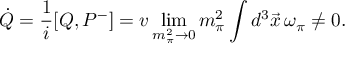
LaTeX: \dot { Q } = \frac { 1 } { i } [ Q , P ^ { - } ] = v \operatorname * { l i m } _ { m _ { \pi } ^ { 2 } \rightarrow 0 } m _ { \pi } ^ { 2 } \int d ^ { 3 } \vec { x } \, \omega _ { \pi } \neq 0 .